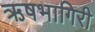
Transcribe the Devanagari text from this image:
ऋषभागिरी